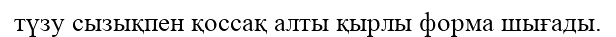
түзу сызықпен қоссақ алты қырлы форма шығады.